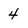
Character: 4